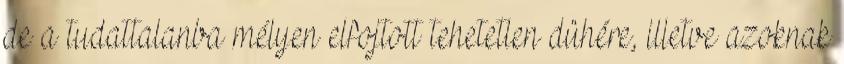
de a tudattalanba mélyen elfojtott tehetetlen dühére, illetve azoknak